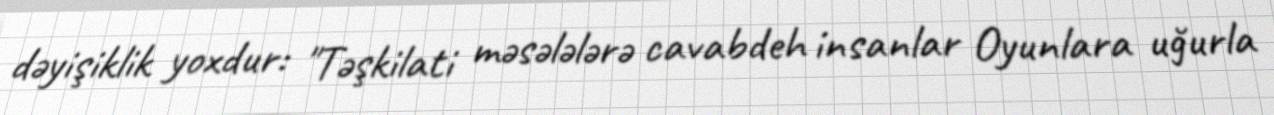
dəyişiklik yoxdur: "Təşkilati məsələlərə cavabdeh insanlar Oyunlara uğurla